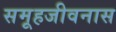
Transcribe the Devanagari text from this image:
समूहजीवनास